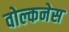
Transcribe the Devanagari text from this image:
वोल्कनेस